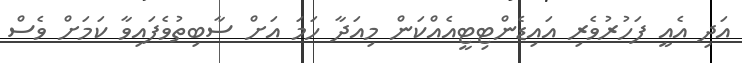
އަދި އެއީ ފަހުރުވެރި އައިޑެންޓިޓީއެއްކަން މިއަދާ ހަމަ އަށް ސާބިތުވެފައިވާ ކަމަށް ވެސް